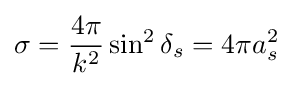
\sigma ={\frac {4\pi }{k^{2}}}\sin ^{2}\delta _{s}=4\pi a_{s}^{2}